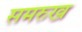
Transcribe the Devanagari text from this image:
समरुख